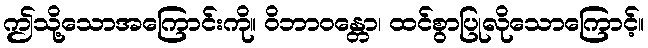
ဤသို့သောအကြောင်းကို။ ဝိဘာဝန္တော၊ ထင်စွာပြုလိုသောကြောင့်။